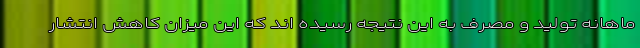
ماهانه تولید و مصرف به این نتیجه رسیده اند که این میزان کاهش انتشار